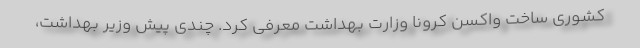
کشوری ساخت واکسن کرونا وزارت بهداشت معرفی کرد. چندی پیش وزیر بهداشت،